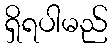
ရှိရပါမည်